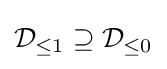
{\mathcal {D}}_{\leq 1}\supseteq {\mathcal {D}}_{\leq 0}